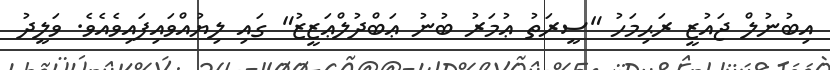
އިބުނުލް ޖައުޒީ ރަޙިމަހު "ސީރަތު ޢުމަރު ބުނު ޢަބްދުލްޢަޒީޒު" ގައި ލިޔުއްވައިފައިވެއެވެ. ވަލީދު